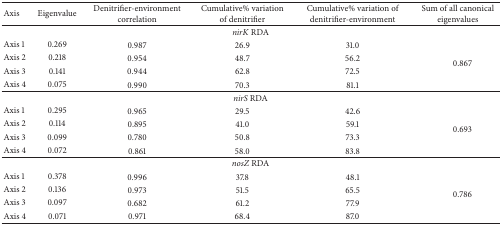
| Axis | Eigenvalue | Denitrifier-environment correlation | Cumulative% variation of denitrifier | Cumulative% variation of denitrifier-environment | Sum of all canonical eigenvalues |
 | --- | --- | --- | --- | --- | --- |
 | <COLSPAN=6> nirK RDA |
 | Axis 1 | 0.269 | 0.987 | 26.9 | 31.0 | <ROWSPAN=4> 0.867 |
 | Axis 2 | 0.218 | 0.954 | 48.7 | 56.2 |
 | Axis 3 | 0.141 | 0.944 | 62.8 | 72.5 |
 | Axis 4 | 0.075 | 0.990 | 70.3 | 81.1 |
 | <COLSPAN=6> nirS RDA |
 | Axis 1 | 0.295 | 0.965 | 29.5 | 42.6 | <ROWSPAN=4> 0.693 |
 | Axis 2 | 0.114 | 0.895 | 41.0 | 59.1 |
 | Axis 3 | 0.099 | 0.780 | 50.8 | 73.3 |
 | Axis 4 | 0.072 | 0.861 | 58.0 | 83.8 |
 | <COLSPAN=6> nosZ RDA |
 | Axis 1 | 0.378 | 0.996 | 37.8 | 48.1 | <ROWSPAN=4> 0.786 |
 | Axis 2 | 0.136 | 0.973 | 51.5 | 65.5 |
 | Axis 3 | 0.097 | 0.682 | 61.2 | 77.9 |
 | Axis 4 | 0.071 | 0.971 | 68.4 | 87.0 |